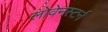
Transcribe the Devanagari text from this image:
लोवेनस्टर्न